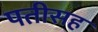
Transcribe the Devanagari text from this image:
पतीसह